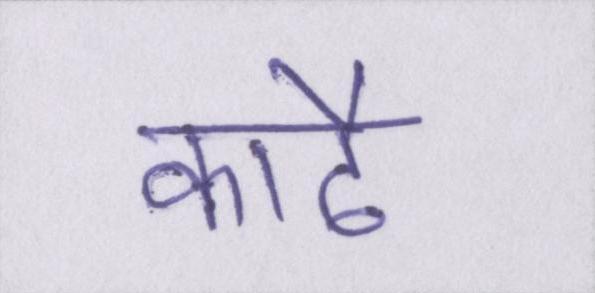
काढै